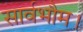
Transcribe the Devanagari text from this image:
सार्वभौम।